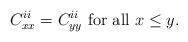
LaTeX: \begin{align*} C^{ii}_{xx}=C^{ii}_{yy} \mbox{ for all }x\le y.\end{align*}